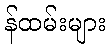
န်ထမ်းများ